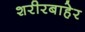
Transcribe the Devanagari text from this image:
शरीरबाहेर